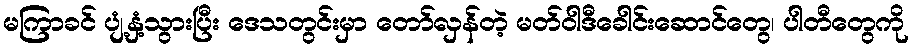
မကြာခင် ပျံ့နှံ့သွားပြီး ဒေသတွင်းမှာ တော်လှန်တဲ့ မတ်ဝါဒီခေါင်းဆောင်တွေ၊ ပါတီတွေကို